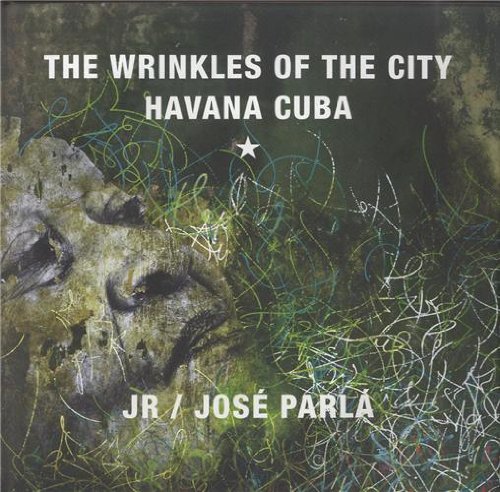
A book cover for JR & JosÃ© ParlÃ¡: Wrinkles of the City, Havana, Cuba; Clara AstiasarÃ¡n; Arts & Photography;